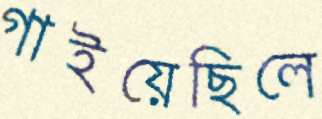
গাইয়েছিলে